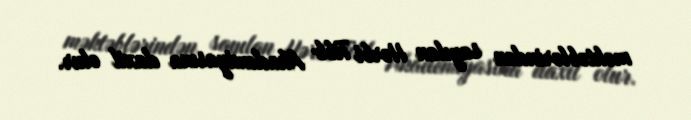
məktəblərindən sayılan Hərbi Tibb Akademiyasına daxil olur.